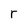
Character: r